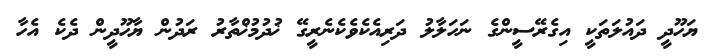
ޔަހޫދީ ދައުލަތަކީ އިގެރޭސީންގެ ނަހަލާލު ދަރިއެކެވެކެނެރީގޭ ޚުދުމުޚްތާރު ރަދުން ޔާހޫދީން ދެކެ އެހާ